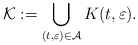
\begin{align*} \mathcal{K}:=\bigcup_{(t,\varepsilon)\in {{\mathcal{A}}}} K(t,\varepsilon).\end{align*}